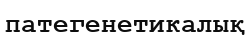
патегенетикалық